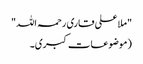
"ملا علی قاری رحمہ اللہ"
(موضوعات کبری۔